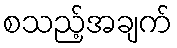
စသည့်အချက်